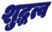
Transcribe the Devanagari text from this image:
शुद्धत्व